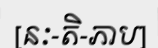
[នៈ-តិ-ភាប]